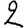
Digit: 2